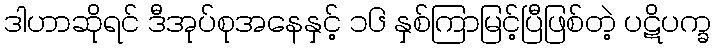
ဒါဟာဆိုရင် ဒီအုပ်စုအနေနှင့် ၁၆ နှစ်ကြာမြင့်ပြီဖြစ်တဲ့ ပဋိပက္ခ